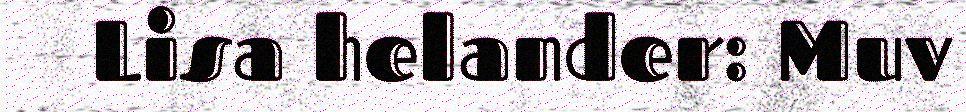
Lisa helander: Muv